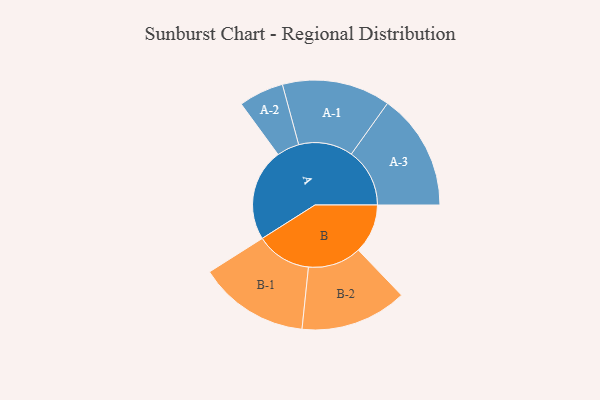
{"axis": {"x": "Segment", "y": "Value"}, "legend": ["", "A", "B"], "data": [{"x": "A", "y": 422, "type": ""}, {"x": "B", "y": 226, "type": ""}, {"x": "A-1", "y": 248, "type": "A"}, {"x": "A-2", "y": 103, "type": "A"}, {"x": "A-3", "y": 267, "type": "A"}, {"x": "B-1", "y": 253, "type": "B"}, {"x": "B-2", "y": 244, "type": "B"}]}